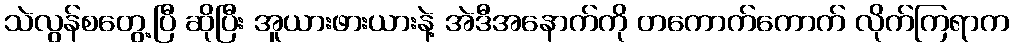
သဲလွန်စတွေ့ပြီ ဆိုပြီး အူယားဖားယားနဲ့ အဲဒီအနောက်ကို တကောက်ကောက် လိုက်ကြရာက